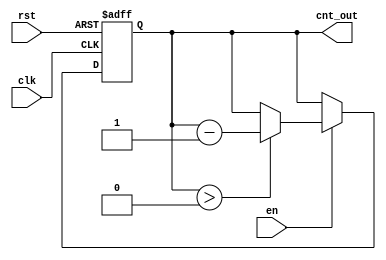
module down_counter_moore #(
    parameter N = 3  // Number of bits for the counter
)(
    input wire clk,     // Clock input
    input wire rst,     // Asynchronous reset
    input wire en,      // Enable signal
    output reg [N-1:0] cnt_out // Current count output
);

// State declaration
reg [N-1:0] current_state;

// Asynchronous reset and state update
always @(posedge clk or posedge rst) begin
    if (rst) begin
        current_state <= N; // Reset to maximum count
    end else if (en) begin
        if (current_state > 0) begin
            current_state <= current_state - 1; // Decrement the count
        end
        // If current_state is 0, it remains at 0
    end
end

// Output logic (Moore machine output)
always @(current_state) begin
    cnt_out = current_state; // Output is the current state
end

endmodule